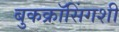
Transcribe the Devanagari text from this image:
बुकक्रॉसिंगशी